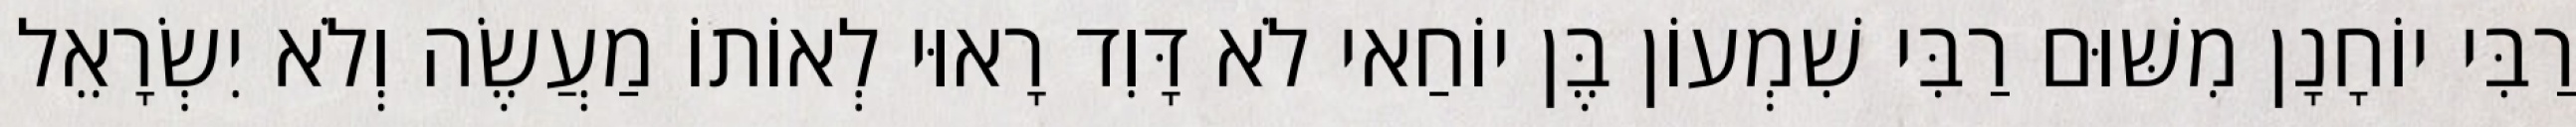
רַבִּי יוֹחָנָן מִשּׁוּם רַבִּי שִׁמְעוֹן בֶּן יוֹחַאי לֹא דָּוִד רָאוּי לְאוֹתוֹ מַעֲשֶׂה וְלֹא יִשְׂרָאֵל